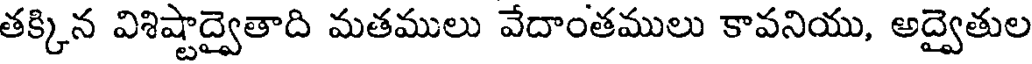
తక్కిన విశిష్టాద్వైతాది మతములు వేదాంతములు కావనియు, అద్వైతుల